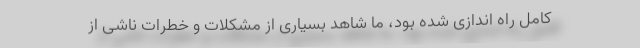
کامل راه اندازی شده بود، ما شاهد بسیاری از مشکلات و خطرات ناشی از